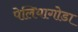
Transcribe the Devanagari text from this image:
पेलियागोडा